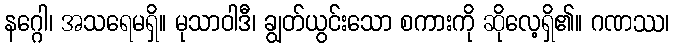
နဂ္ဂေါ၊ အသရေမရှိ။ မုသာဝါဒီ၊ ချွတ်ယွင်းသော စကားကို ဆိုလေ့ရှိ၏။ ဂဏဿ၊